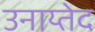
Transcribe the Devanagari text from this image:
उनाय्तेद